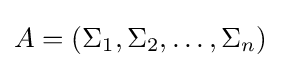
A=(\Sigma _{1},\Sigma _{2},\ldots ,\Sigma _{n})